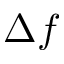
\Delta f